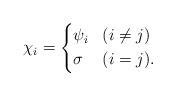
LaTeX: \begin{align*}\chi_i = \left\{\begin{aligned}& \psi_i & &(i \neq j) \\& \sigma & &(i =j).\end{aligned} \right.\end{align*}